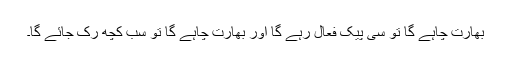
بھارت چاہے گا تو سی پیک فعال رہے گا اور بھارت چاہے گا تو سب کچھ رک جائے گا۔